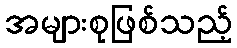
အများစုဖြစ်သည့်